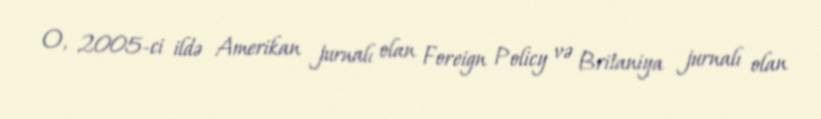
O, 2005-ci ildə Amerikan jurnalı olan Foreign Policy və Britaniya jurnalı olan